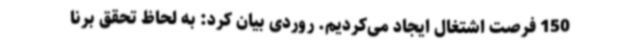
150 فرصت اشتغال ایجاد می‌کردیم. روردی بیان کرد: به لحاظ تحقق برنا